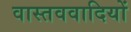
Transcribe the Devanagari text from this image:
वास्तववादियों